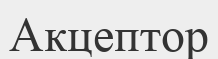
Акцептор